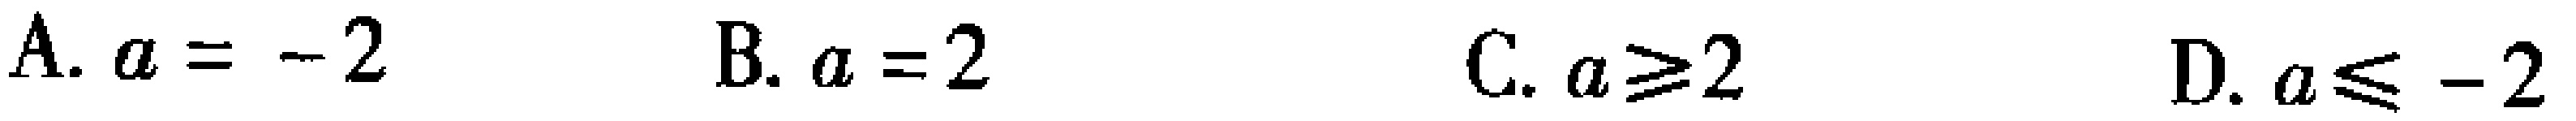
A. \(a = - 2\)  B. \(a = 2\)  C. \(a\geq2\)  D. \(a\leq - 2\)